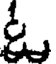
ఓ